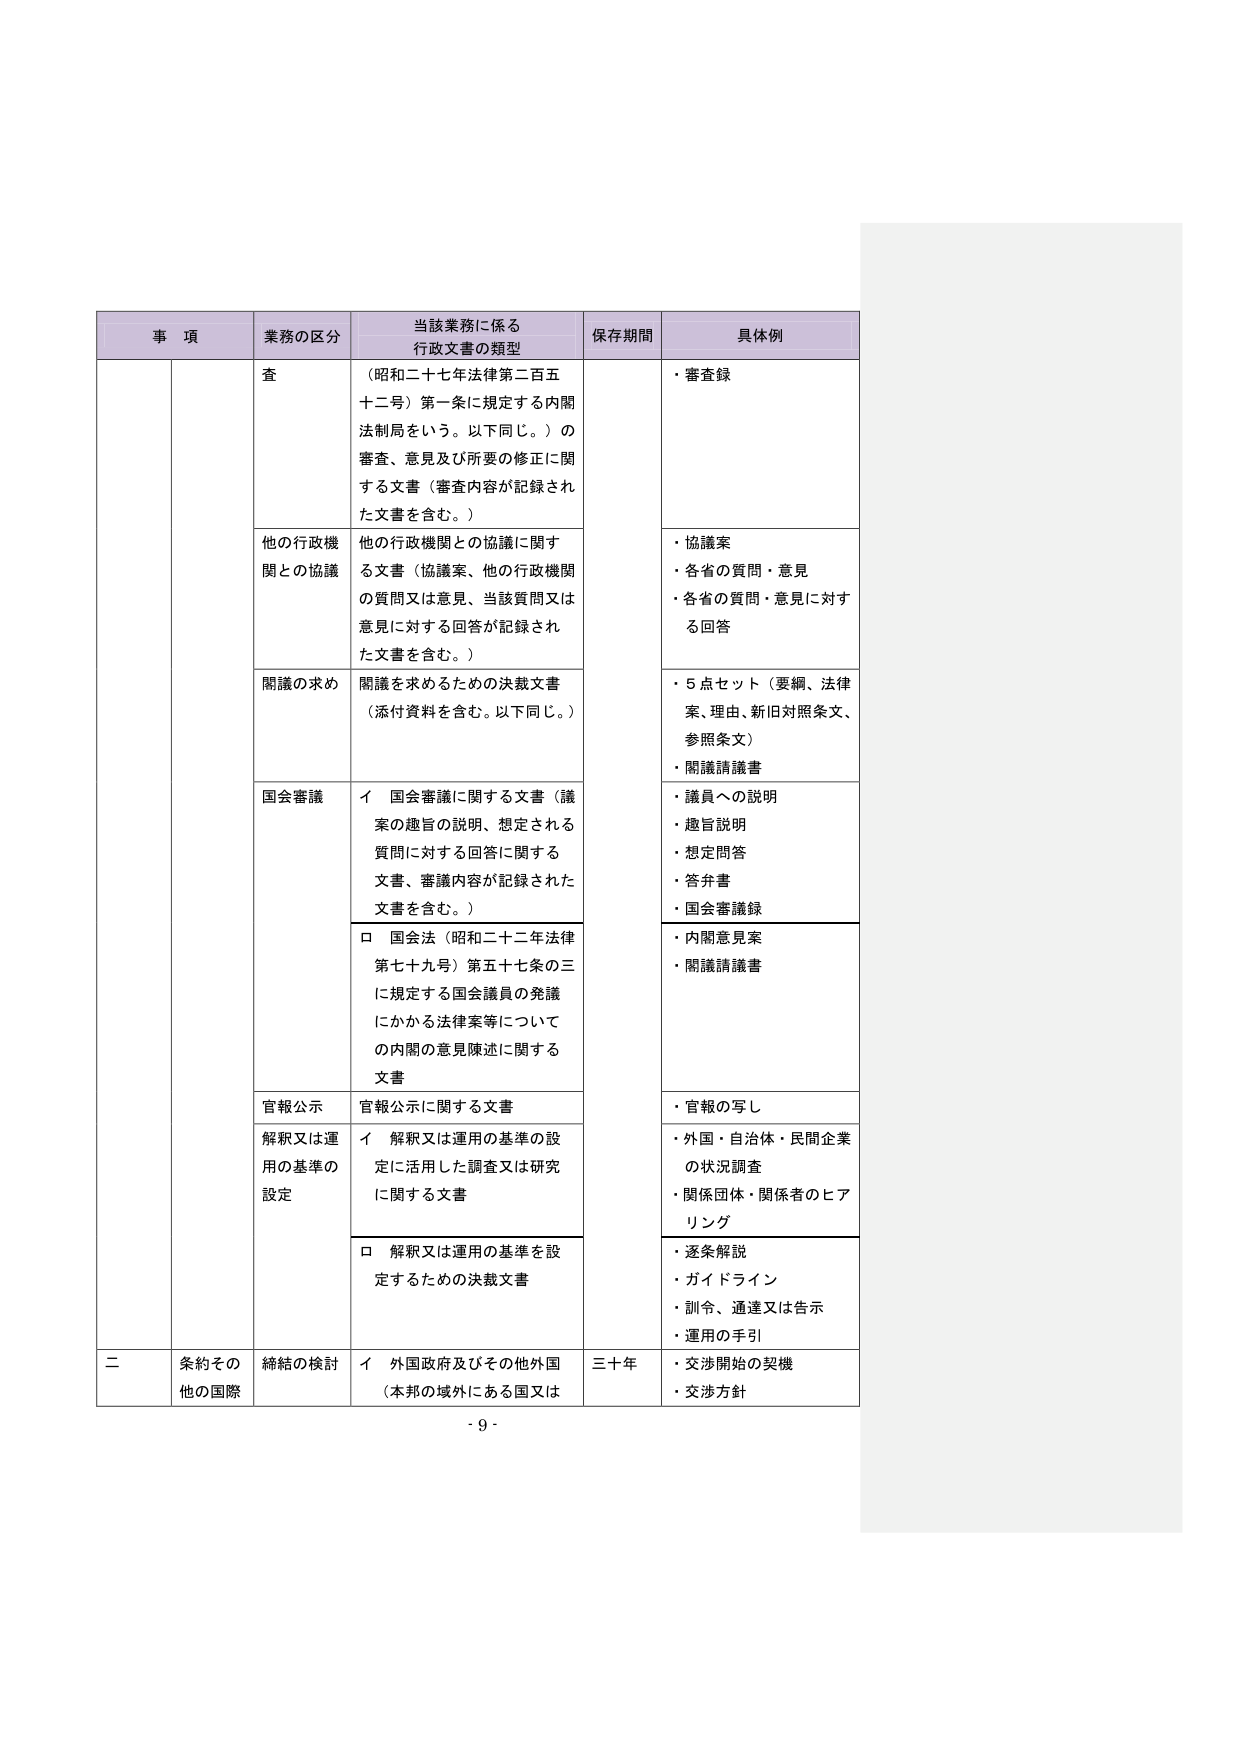
事 項 業務の区分 当該業務に係る 行政文書の類型 保存期間 具体例 査 （昭和二十七年法律第二百五 十二号）第一条に規定する内閣 法制局をいう。以下同じ。）の 審査、意見及び所要の修正に関 する文書（審査内容が記録され た文書を含む。） ・審査録 他の行政機 関との協議 他の行政機関との協議に関す る文書（協議案、他の行政機関 の質問又は意見、当該質問又は 意見に対する回答が記録され た文書を含む。） ・協議案 ・各省の質問・意見 ・各省の質問・意見に対す る回答 開議の求め 開議を求めるための決裁文書 （添付資料を含む。以下同じ。） ・5点セット（要綱、法律 案、理由、新旧対照条文、 参照条文） ・開議請議書 国会審議 イ 国会審議に関する文書（議 案の趣旨の説明、想定される 質問に対する回答に関する 文書、審議内容が記録された 文書を含む。） ・議員への説明 ・趣旨説明 ・想定問答 ・答弁書 ・国会審議録 ロ 国会法（昭和二十二年法律 第七十九号）第五十七条の三 に規定する国会議員の発議 にかかる法律案等について の内閣の意見陳述に関する 文書 ・内閣意見案 ・開議請議書 官報公示 官報公示に関する文書 ・官報の写し 解釈又は運 用の基準の 設定 イ 解釈又は運用の基準の設 定に活用した調査又は研究 に関する文書 ・外国・自治体・民間企業 の状況調査 ・関係団体・関係者のヒア リング ロ 解釈又は運用の基準を設 定するための決裁文書 ・逐条解説 ・ガイドライン ・訓令、通達又は告示 ・運用の手引 二 条約その 他の国際 締結の検討 イ 外国政府及びその他外国 （本邦の域外にある国又は 三十年 ・交渉開始の契機 ・交渉方針 - 9 -